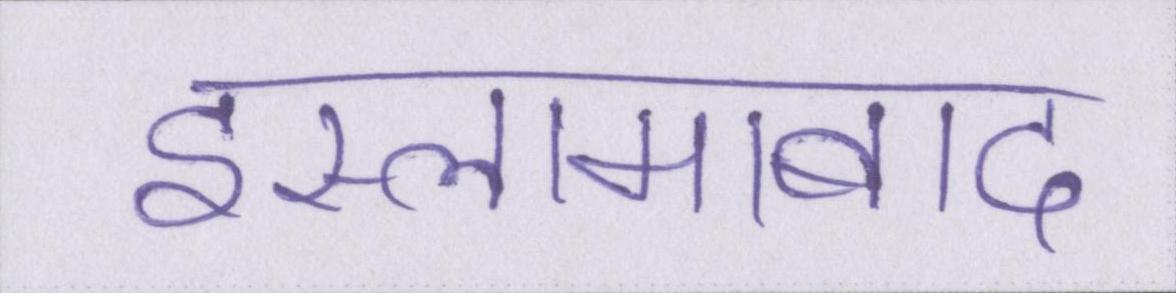
इस्लामाबाद